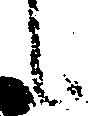
候